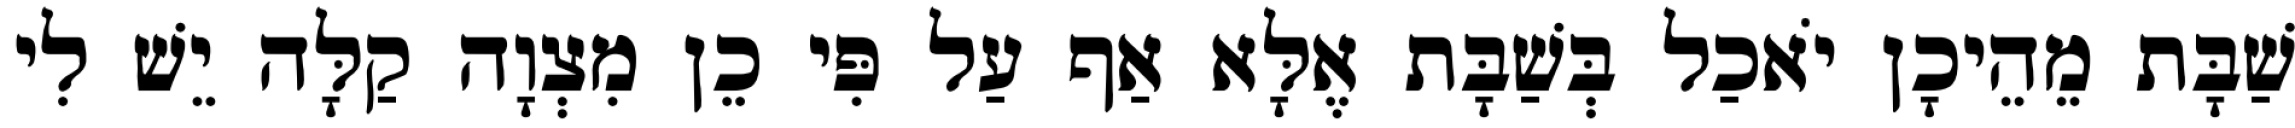
שַׁבָּת מֵהֵיכָן יֹאכַל בְּשַׁבָּת אֶלָּא אַף עַל פִּי כֵן מִצְוָה קַלָּה יֵשׁ לִי